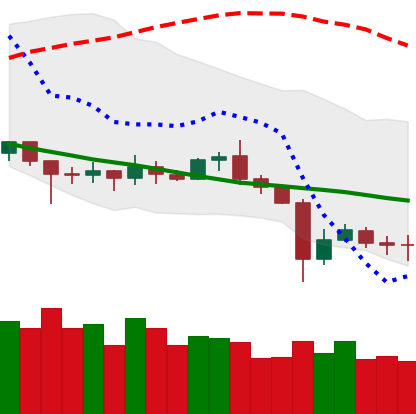
Ticker: ETC-USD
Chart end date: 2020-07-02
Forward return: 8.678%
Label: up_7plus